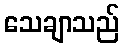
သေချာသည်